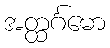
အတ္ထင်္ဂမော